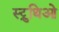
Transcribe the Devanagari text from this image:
स्ट्रुथिओ